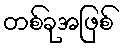
တစ်ခုအဖြစ်